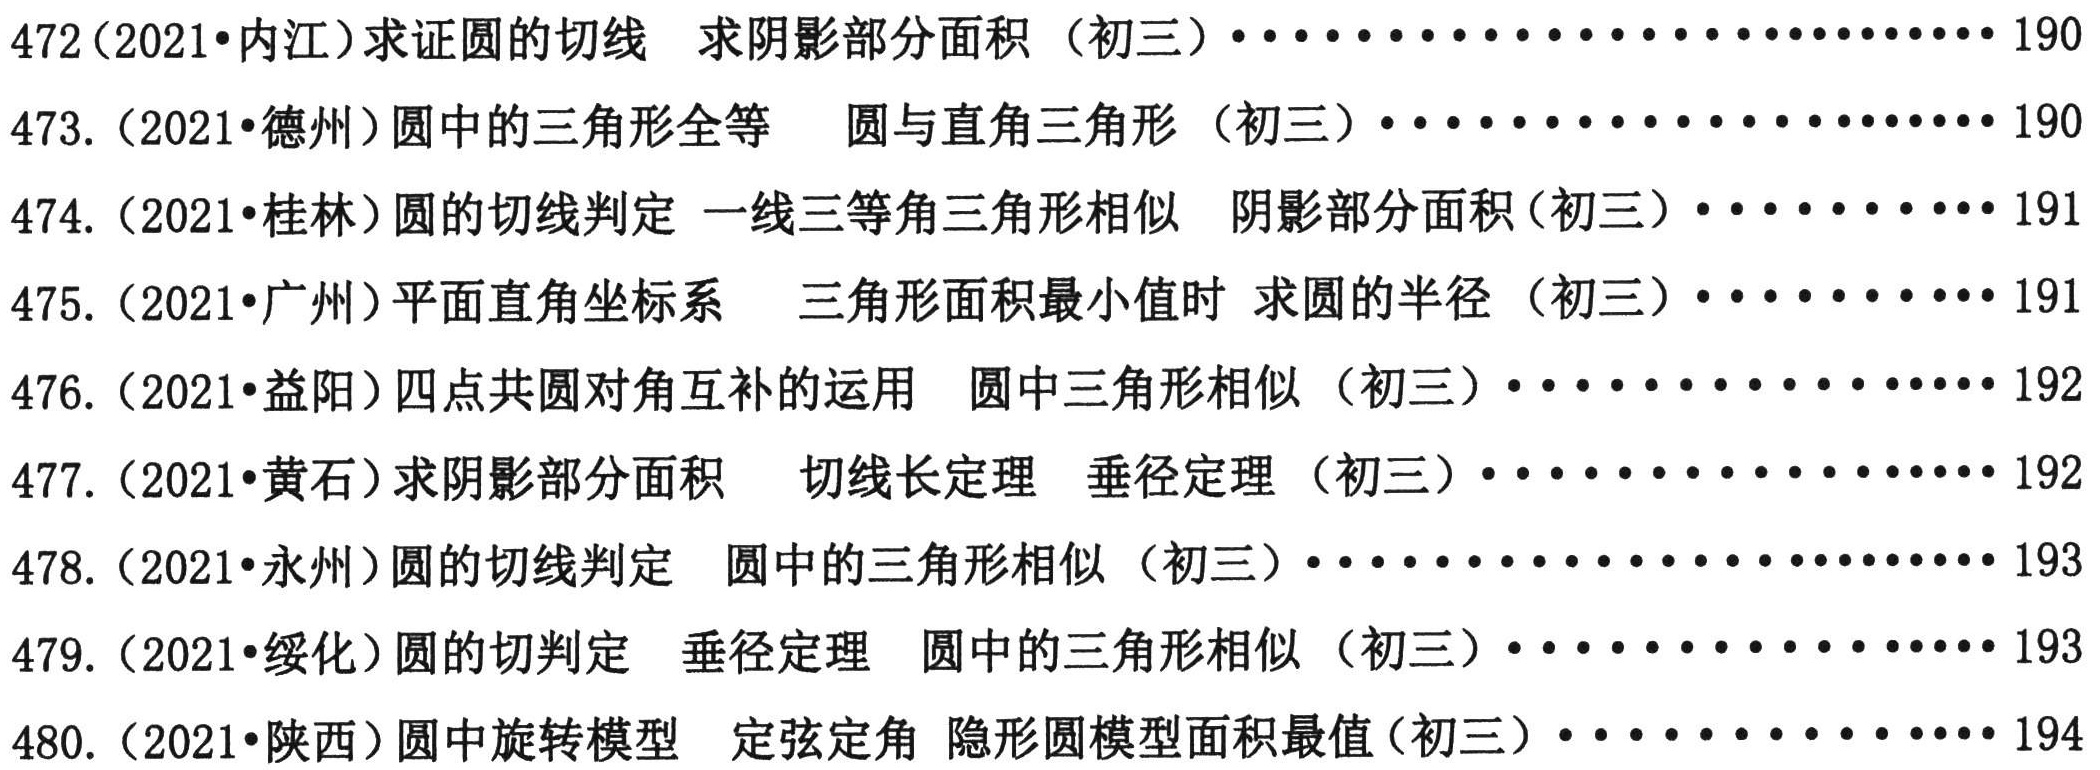
472(2021•内江)求证圆的切线  求阴影部分面积（初三）··························190
473. (2021•德州)圆中的三角形全等  圆与直角三角形（初三）························190
474. (2021•桂林)圆的切线判定 一线三等角三角形相似  阴影部分面积(初三）············191
475. (2021•广州)平面直角坐标系  三角形面积最小值时 求圆的半径（初三）············191
476. (2021•益阳)四点共圆对角互补的运用  圆中三角形相似（初三）····················192
477. (2021•黄石)求阴影部分面积  切线长定理  垂径定理（初三）····················192
478. (2021•永州)圆的切线判定  圆中的三角形相似（初三）··························193
479. (2021•绥化)圆的切判定  垂径定理  圆中的三角形相似（初三）····················193
480. (2021•陕西)圆中旋转模型  定弦定角 隐形圆模型面积最值(初三）················194